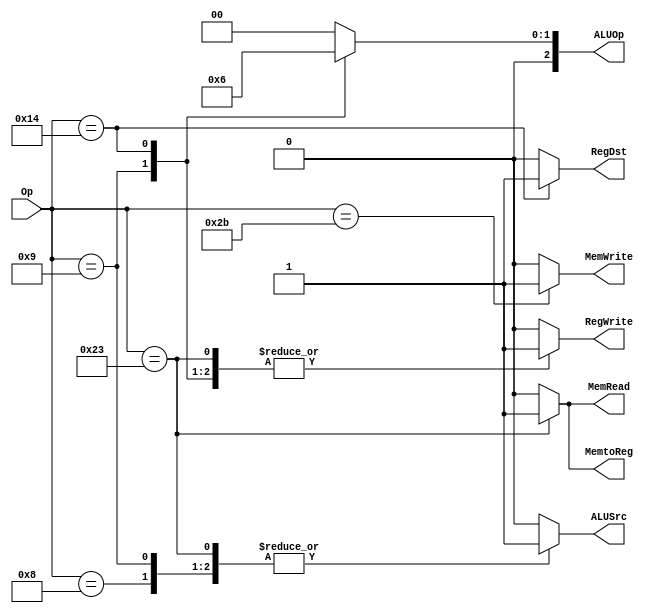
module Control(
 	input [5:0] Op,//the instruction first 6bits
 	output reg [2:0] ALUOp,//the signal for ALUctrl
 	output reg RegDst,//the signal for RD_address
 	output reg MemRead,//the signal for memory read or not
 	output reg MemtoReg,//the signal for which data(ALU result or memory data) is write data in RF
 	output reg MemWrite,//the signal for memory write or not
 	output reg ALUSrc,//the signal for comfirm ALU source2
 	output reg RegWrite//the signal for register write or not
);
always@(Op)begin
	ALUOp=3'd0;
	RegDst=0;
	MemRead=0;
	MemWrite=0;
 	ALUSrc=0;
 	RegWrite=0;
	MemtoReg=0;
	case(Op)
		6'd8:{ALUOp,RegDst,MemRead,MemtoReg,MemWrite,ALUSrc,RegWrite}=11'b000_0_0_0_0_1_1;//setting of addi
		6'd9:{ALUOp,RegDst,MemRead,MemtoReg,MemWrite,ALUSrc,RegWrite}=11'b001_0_0_0_0_1_1;//setting of subi
		6'd20:{ALUOp,RegDst,MemRead,MemtoReg,MemWrite,ALUSrc,RegWrite}=11'b010_1_0_0_0_0_1;//setting of R-type
		6'd35:{ALUOp,RegDst,MemRead,MemtoReg,MemWrite,ALUSrc,RegWrite}=11'b000_0_1_1_0_1_1;//setting of LW
		6'd43:{ALUOp,RegDst,MemRead,MemtoReg,MemWrite,ALUSrc,RegWrite}=11'b000_0_0_0_1_1_0;//setting of SW
	endcase
end	

initial begin//initial value
	ALUOp=3'd0;
	RegDst=0;
	MemRead=0;
	MemWrite=0;
 	ALUSrc=0;
 	RegWrite=0;
	MemtoReg=0;
end
endmodule